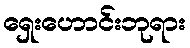
ရှေးဟောင်းဘုရား